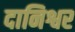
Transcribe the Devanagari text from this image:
दानिश्वर